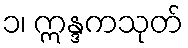
၁၊ ဣန္ဒကသုတ်